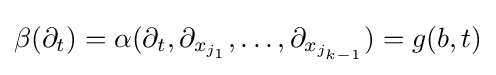
\beta (\partial _{t})=\alpha (\partial _{t},\partial _{x_{j_{1}}},\dots ,\partial _{x_{j_{k-1}}})=g(b,t)